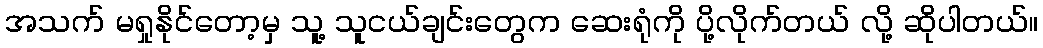
အသက် မရှုနိုင်တော့မှ သူ့ သူငယ်ချင်းတွေက ဆေးရုံကို ပို့လိုက်တယ် လို့ ဆိုပါတယ်။